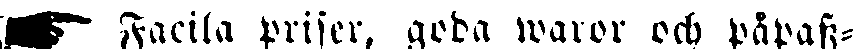
☛ Facila priser, goda waror och påpass-